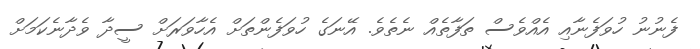
ފެނުނު ހުވަފެނާއި އެއްވެސް ތަފާތެއް ނެތެވެ. އޭނަގެ ހުވަފެންތަށް އެހާވަރަށް ސީދާ ވެދާނެކަމަށް